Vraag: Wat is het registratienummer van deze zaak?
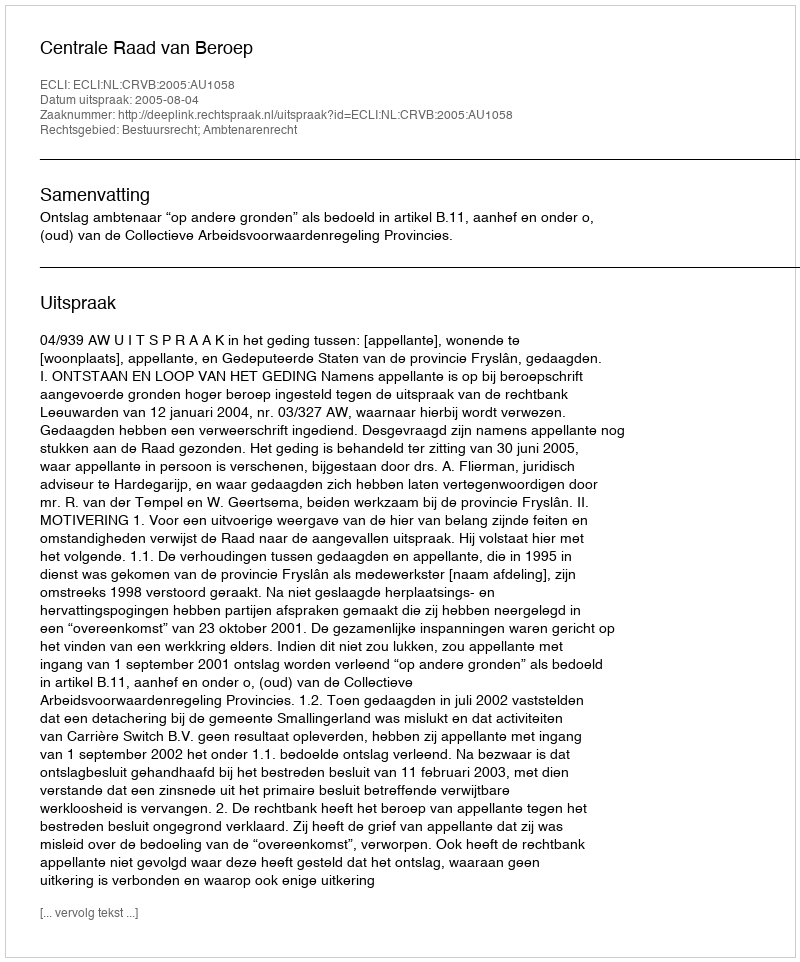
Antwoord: http://deeplink.rechtspraak.nl/uitspraak?id=ECLI:NL:CRVB:2005:AU1058